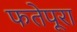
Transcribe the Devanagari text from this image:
फतेपूरा